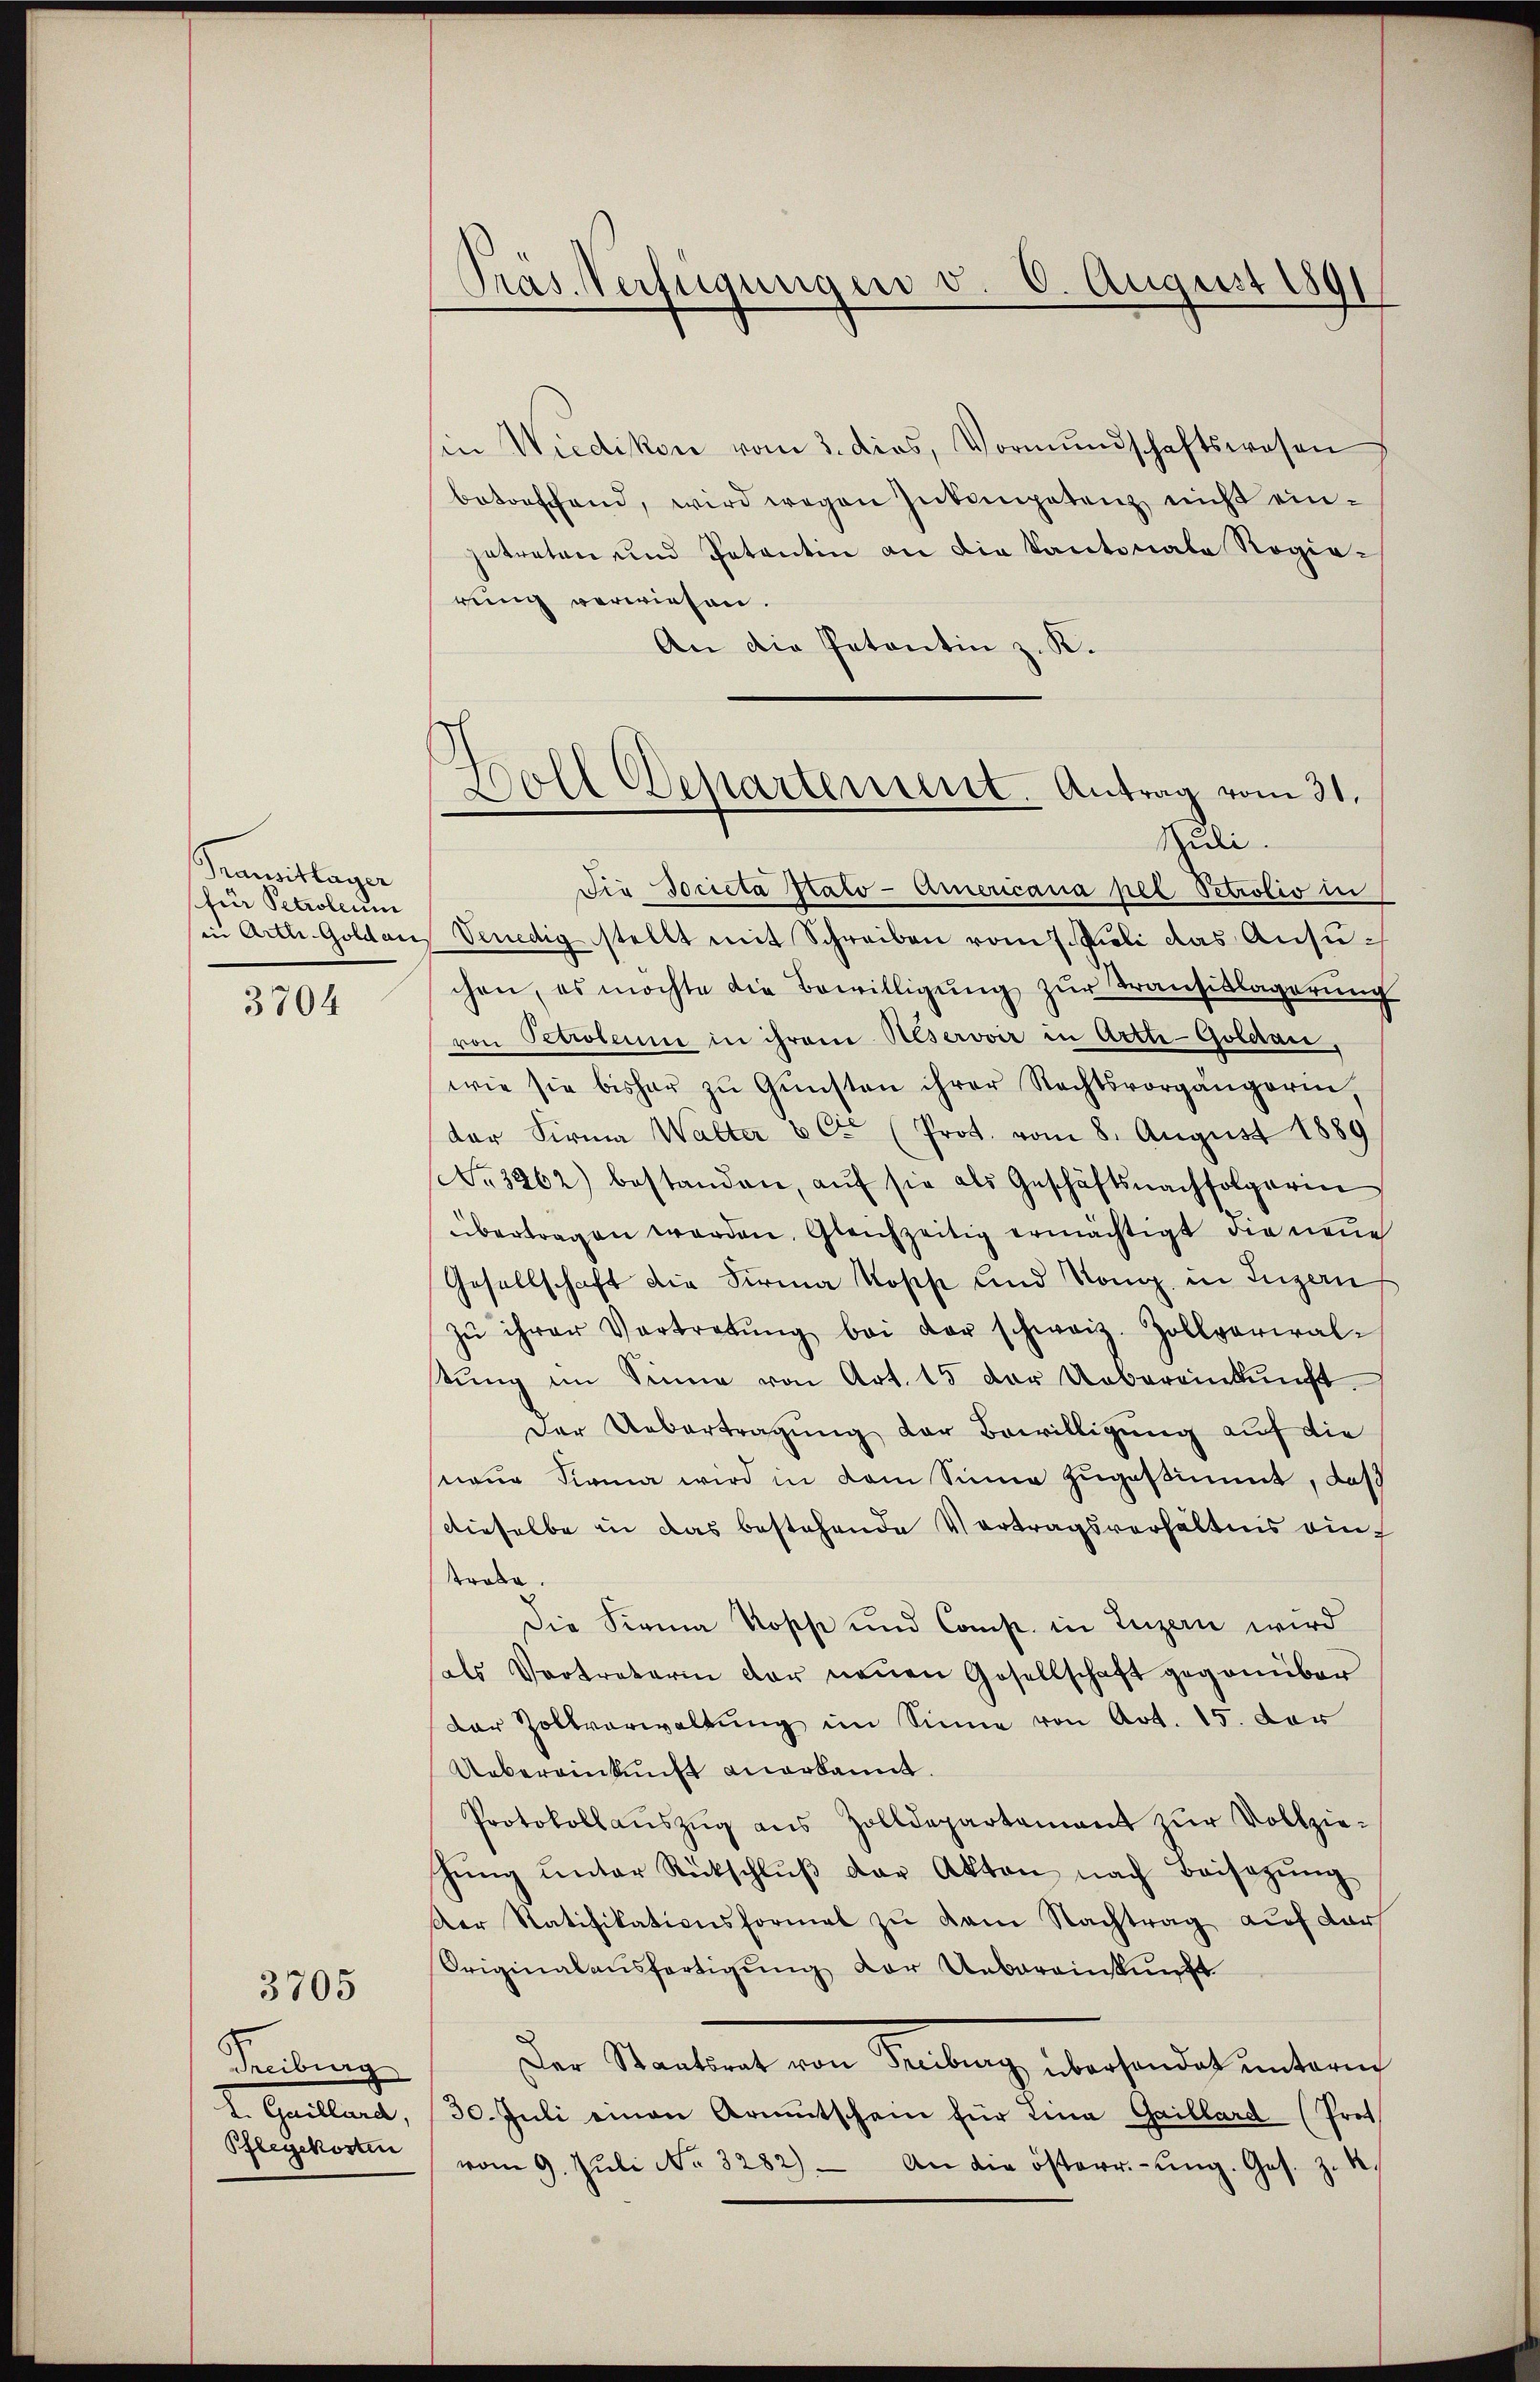
Transitlager
für Petroleum
in Arthr-Goldaus
3704

Freiburg
2. Heilen,
Pflegekosten

3705

Präs. Verfügungen v. 6. August 1891

Soll Departement. Antrag vom 31.
Puli.

in Wiedikon vom 3. dies, Vormundschaftswesen
betreffend, wird wegen Inkompetenz nicht eingetreten und Patentin an die Kantonale Regie-
rung verwiesen.
An die Petentin z. K.
Der Societa Nato-Americana pel Petrolio in
Vendig stellt mit Schreiben vom 7. Juli das Ansuchen, es möchte die Bewilligŭng zŭr Transiklagerŭng
von Petrolenne in ihrem Reservoir in Artte-Goldau,
wie sie bisher zŭ Gŭnsten ihrer Rechtsvorgängerin,
der Firma Walter & Cie (Prot. vom 8. August 1889
No. 3262) bestanden, aŭf sie als Geschäftsnachfolgerin
übertragen werden. Gleichzeitig ermächtigt die neue
Gesellschaft die Firma Kosch und Kong. in Luzern
zŭ ihrer Vortretŭng bei der schweiz. Zollverwal-
tŭng im Sinne von Art. 15 der Uebereinkŭnft.
Der Uebertragung der Bewilligung auf die
naue Sirna wird in dem Sinne zugestimmt, daß
dieselbe in das bestehende Vortragsverhältnis eintrobe.
Die Firma Rosse und Comp. in Luzern wird
als Vertreterin der neuen Gesellschaft gegenüber
der Zollverwaltung im Sinne von Art. 15. der
Uebereinkunft anerkannt.
Protokollaŭszŭg aŭs Zolldepartamant zŭr Vollzie-
hŭng ŭnter Rückschlŭβ der Akten nach Beisatŭng
Der Ratifikationsformal zŭ dem Nachtrag auf der
Originalaŭsfertigŭng der Uebereinkunft
Der Starkeit, von Seitenge Anschadet und einen
30. Juli einen Armutschein für Lina Gaillard (Prot
vom 9. Jŭli No 3282) An die österr.-ŭng. Ges. z. R.